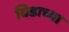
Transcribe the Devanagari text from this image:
बिडाच्या